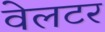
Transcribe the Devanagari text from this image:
वेलटर